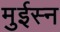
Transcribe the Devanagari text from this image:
मुईस्न